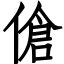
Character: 傖